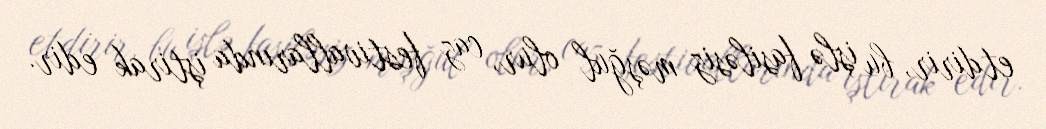
etdirir, bu işlə fasiləsiz məşğul olur, caz festivallarında iştirak edir.